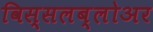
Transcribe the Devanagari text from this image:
विस्सलब्लोअर